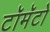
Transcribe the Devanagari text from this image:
टॉमॅटो